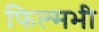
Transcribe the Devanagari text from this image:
फिल्मभी